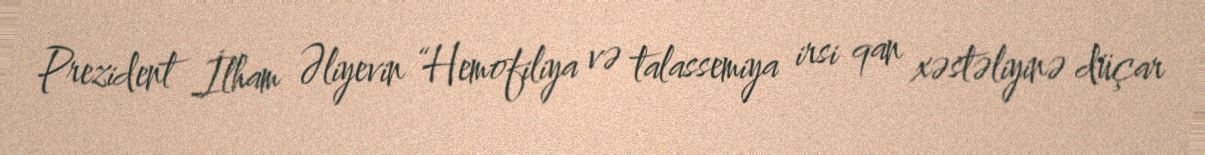
Prezident İlham Əliyevin “Hemofiliya və talassemiya irsi qan xəstəliyinə düçar